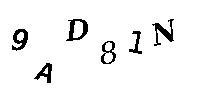
9AD81N